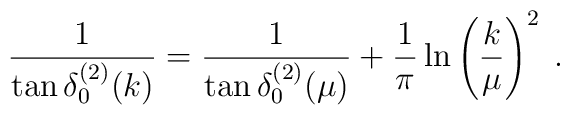
\frac{1}{\tan \delta^{(2)}_{0}(k) }=\frac{1}{\tan \delta^{(2)}_{0}(\mu)  }+ \frac{1}{\pi}\ln  \left( \frac{k}{\mu} \right)^{2}\; .